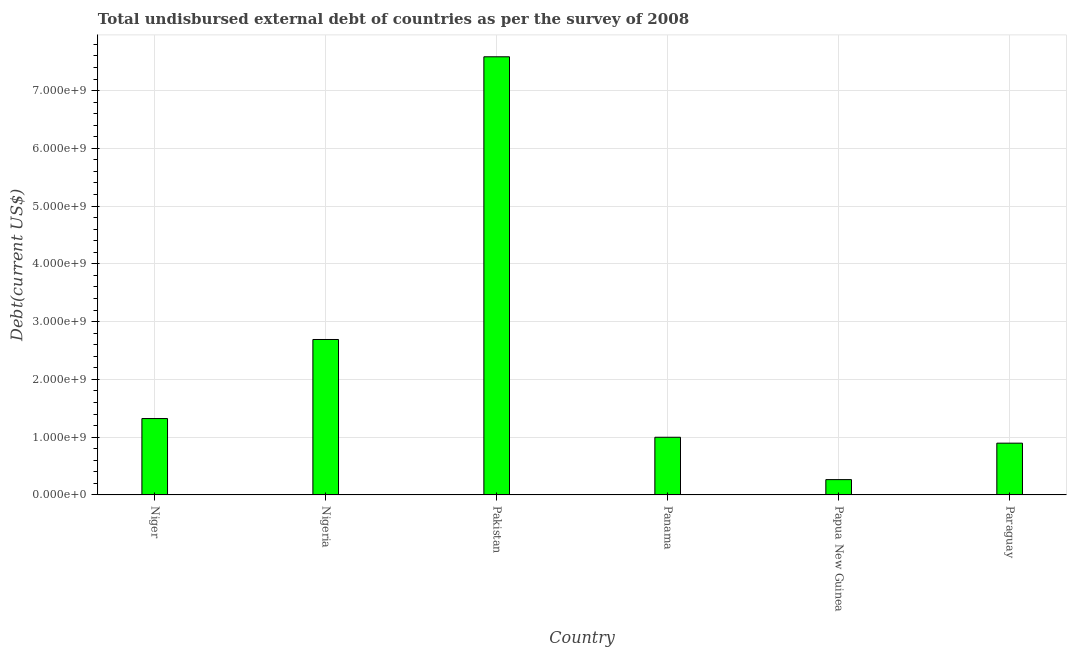
| Country | Total debt |
 | --- | --- |
 | Niger | 1.32e+09 |
 | Nigeria | 2.69e+09 |
 | Pakistan | 7.58e+09 |
 | Panama | 9.98e+08 |
 | Papua New Guinea | 2.65e+08 |
 | Paraguay | 8.96e+08 |